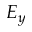
E _ { y }